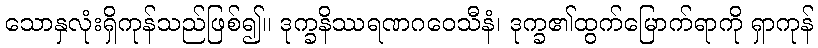
သောနှလုံးရှိကုန်သည်ဖြစ်၍။ ဒုက္ခနိဿရဏဂဝေသီနံ၊ ဒုက္ခ၏ထွက်မြောက်ရာကို ရှာကုန်